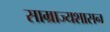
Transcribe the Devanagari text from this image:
साम्राज्यशासन